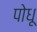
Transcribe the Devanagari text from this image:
पोधू